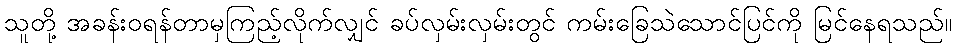
သူတို့ အခန်းဝရန်တာမှကြည့်လိုက်လျှင် ခပ်လှမ်းလှမ်းတွင် ကမ်းခြေသဲသောင်ပြင်ကို မြင်နေရသည်။